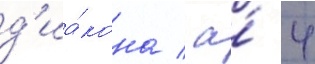
д'иа́кона / а́ 4